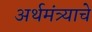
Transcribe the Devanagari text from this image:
अर्थमंत्र्याचे